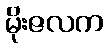
မိုးဇလက